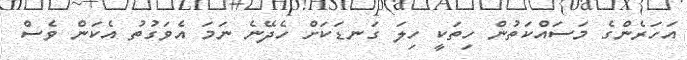
އަހަރެންގެ މަސައްކަތުން ހިތަކީ ހިލަ ގަނޑަކަށް ހެދޭނެ ނަމަ އެވަގުތު އެކަން ވެސް